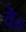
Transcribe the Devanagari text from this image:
वे०